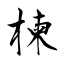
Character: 楝